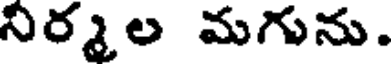
నిర్మల మగును.